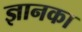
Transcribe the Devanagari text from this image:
ज्ञानका